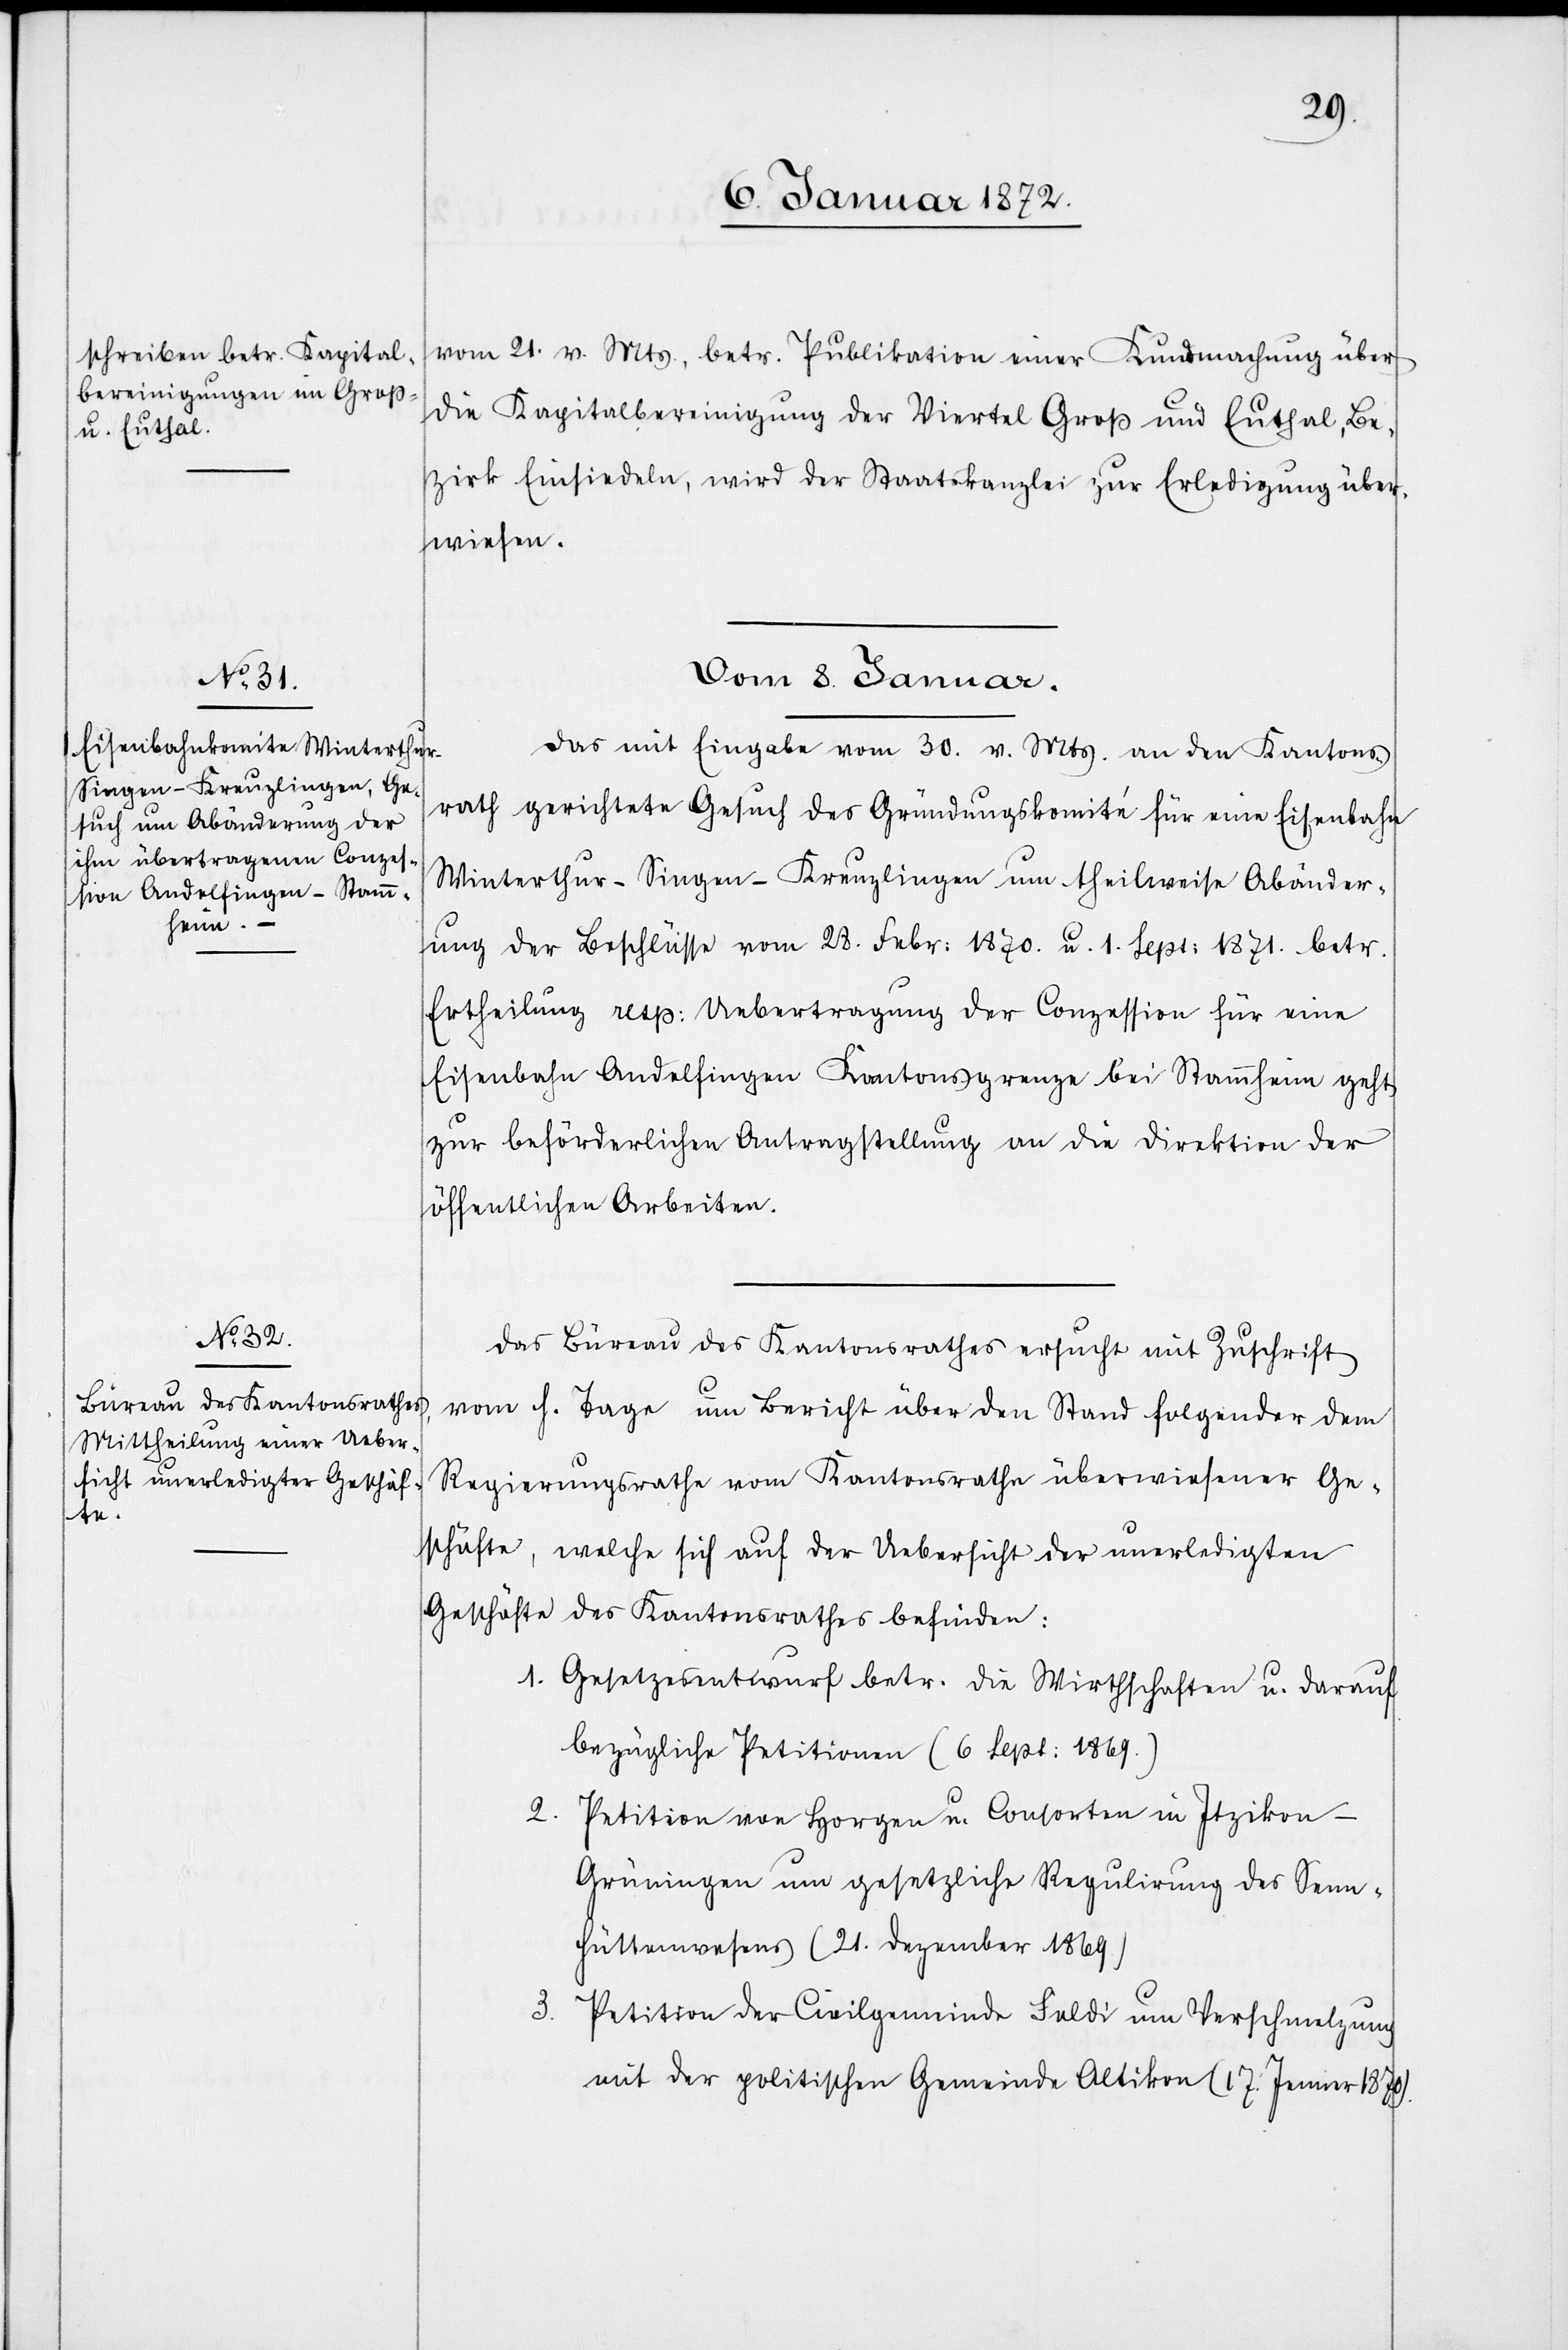
8. Januar 1872.]
vom 21. v. Mts., betr. Publikation einer Kundmachung
die Kapitalbereinigung der Viertel Groß und Euthal, Be¬
zirk Einsiedeln, wird der Staatskanzlei zur Erledigung über¬
wiesen.
Vom 8. Januar.
Das mit Eingabe vom 30. v. Mts. an den Kantons¬
rath gerichtete Gesuch des Gründungskomité für eine Eisenbahn
Winterthur–Singen–Kreuzlingen um theilweise Abänder¬
ung der Beschlüsse vom 28. Febr: 1870. u. 1. Sept: 1871. betr.
Ertheilung resp: Uebertragung der Conzession für eine
Eisenbahn Andelfingen Kantonsgrenze bei Stammheim geht
zur beförderlichen Antragstellung an die Direktion der
öffentlichen Arbeiten.
Das Büreau des Kantonsrathes ersucht mit Zuschrift
vom h. Tage um Bericht über den Stand folgender dem
Regierungsrathe vom Kantonsrathe überwiesener Ge¬
schäfte, welche sich auf der Uebersicht der unerledigten
Geschäfte des Kantonsrathes befinden:
Gesetzesentwurf betr. die Wirthschaften u. darauf
bezügliche Petitionen (6 Sept: 1869.)
Petition von Horgen u. Consorten in Itzikon-G¬
rüningen um gesetzliche Regulierung des Senn¬
hüttenwesens (21. Dezember 1869.)
Petition der Civilgemeinde Feldi um Verschmelzung
mit der politischen Gemeinde Altikon (17. Januar 1870).